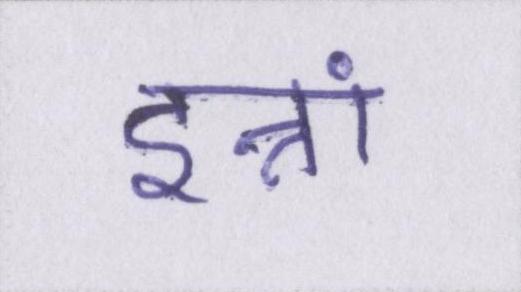
इन्नां